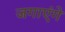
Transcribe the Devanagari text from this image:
जगाएंगे